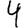
Digit: 4